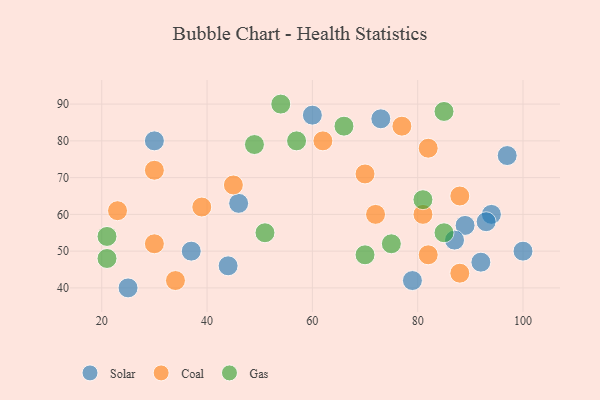
{"axis": {"x": "GDP", "y": "Life Expectancy"}, "legend": ["Coal", "Gas", "Solar"], "data": [{"x": "94", "y": 60, "type": "Solar"}, {"x": "30", "y": 80, "type": "Solar"}, {"x": "60", "y": 87, "type": "Solar"}, {"x": "89", "y": 57, "type": "Solar"}, {"x": "93", "y": 58, "type": "Solar"}, {"x": "25", "y": 40, "type": "Solar"}, {"x": "87", "y": 53, "type": "Solar"}, {"x": "97", "y": 76, "type": "Solar"}, {"x": "37", "y": 50, "type": "Solar"}, {"x": "100", "y": 50, "type": "Solar"}, {"x": "44", "y": 46, "type": "Solar"}, {"x": "46", "y": 63, "type": "Solar"}, {"x": "73", "y": 86, "type": "Solar"}, {"x": "92", "y": 47, "type": "Solar"}, {"x": "79", "y": 42, "type": "Solar"}, {"x": "82", "y": 78, "type": "Coal"}, {"x": "88", "y": 44, "type": "Coal"}, {"x": "45", "y": 68, "type": "Coal"}, {"x": "30", "y": 52, "type": "Coal"}, {"x": "34", "y": 42, "type": "Coal"}, {"x": "62", "y": 80, "type": "Coal"}, {"x": "82", "y": 49, "type": "Coal"}, {"x": "39", "y": 62, "type": "Coal"}, {"x": "23", "y": 61, "type": "Coal"}, {"x": "70", "y": 71, "type": "Coal"}, {"x": "72", "y": 60, "type": "Coal"}, {"x": "77", "y": 84, "type": "Coal"}, {"x": "30", "y": 72, "type": "Coal"}, {"x": "81", "y": 60, "type": "Coal"}, {"x": "88", "y": 65, "type": "Coal"}, {"x": "54", "y": 90, "type": "Gas"}, {"x": "66", "y": 84, "type": "Gas"}, {"x": "49", "y": 79, "type": "Gas"}, {"x": "85", "y": 55, "type": "Gas"}, {"x": "75", "y": 52, "type": "Gas"}, {"x": "57", "y": 80, "type": "Gas"}, {"x": "85", "y": 88, "type": "Gas"}, {"x": "81", "y": 64, "type": "Gas"}, {"x": "51", "y": 55, "type": "Gas"}, {"x": "70", "y": 49, "type": "Gas"}, {"x": "21", "y": 48, "type": "Gas"}, {"x": "21", "y": 54, "type": "Gas"}]}